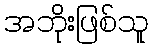
အဘိုးဖြစ်သူ